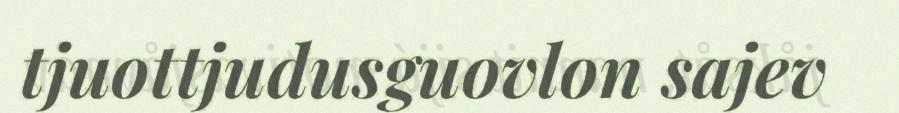
tjuottjudusguovlon sajev